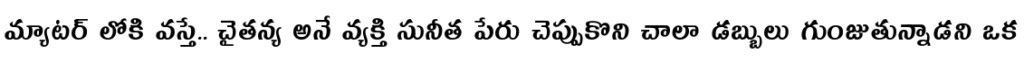
మ్యాటర్ లోకి వస్తే.. చైతన్య అనే వ్యక్తి సునీత పేరు చెప్పుకొని చాలా డబ్బులు గుంజుతున్నాడని ఒక